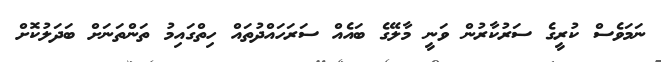
ނަމަވެސް ކުރީގެ ސަރުކާރުން ވަނީ މާލޭގެ ބައެއް ސަރަހައްދުތައް ހިތްގައިމު ތަންތަނަށް ބަދަލުކޮށް